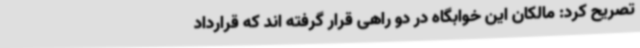
تصریح کرد: مالکان این خوابگاه در دو راهی قرار گرفته اند که قرارداد